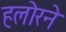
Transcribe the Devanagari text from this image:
हलोरने